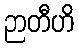
ဉာတီဟိ